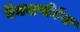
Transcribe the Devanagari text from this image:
ऍक्सपीऍस